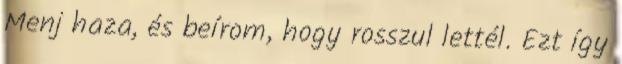
Menj haza, és beírom, hogy rosszul lettél. Ezt így